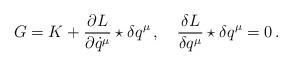
LaTeX: \begin{align*}G=K+\frac{\partial L}{\partial \dot{q}^{\mu}}\star\delta q^{\mu}\,,\quad\frac{\delta L}{\delta q^{\mu}}\star\delta q^{\mu}=0\,.\end{align*}